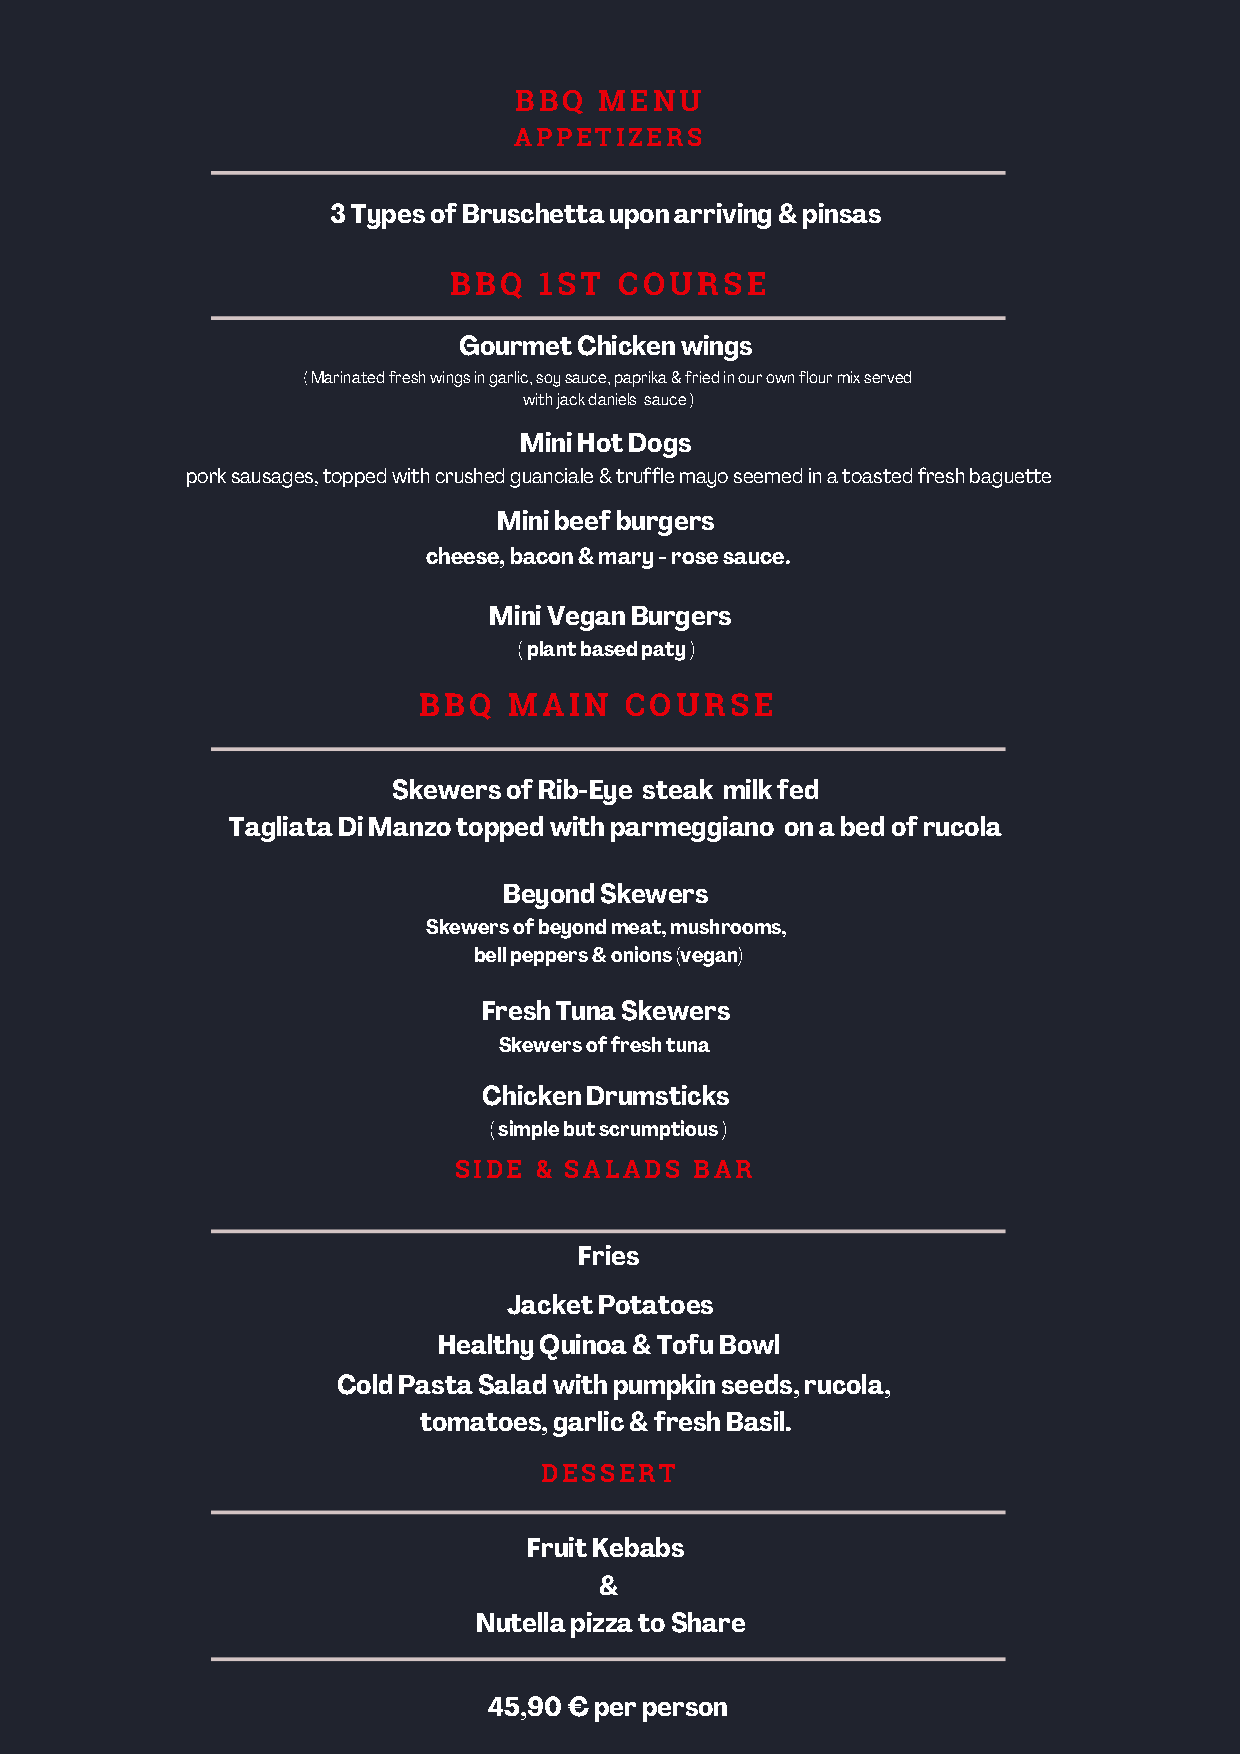
BBQ   MENU
 APPETIZERS
 3 Types of Bruschetta upon arriving & pinsas
 BBQ   1ST  COURSE
 Gourmet Chicken wings
 ( Marinated fresh wings in garlic, soy sauce, paprika & fried in our own flour mix served
 with jack daniels sauce )
 Mini Hot Dogs
 pork sausages, topped with crushed guanciale & truffle mayo seemed in a toasted fresh baguette
 Mini beef burgers
 cheese, bacon & mary - rose sauce.
 Mini Vegan Burgers
 ( plant based paty )
 BBQ   MAIN   COURSE
 Skewers of Rib-Eye steak milk fed
 Tagliata Di Manzo topped with parmeggiano on a bed of rucola
 Beyond Skewers
 Skewers of beyond meat, mushrooms,
 bell peppers & onions (vegan)
 Fresh Tuna Skewers
 Skewers of fresh tuna
 Chicken Drumsticks
 ( simple but scrumptious )
 SIDE & SALADS   BAR
 Fries
 Jacket Potatoes
 Healthy Quinoa & Tofu Bowl
 Cold Pasta Salad with pumpkin seeds, rucola,
 tomatoes, garlic & fresh Basil.
 DESSERT
 Fruit Kebabs
 &
 Nutella pizza to Share
 45,90 € per person